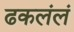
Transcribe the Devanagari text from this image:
ढकलंलं